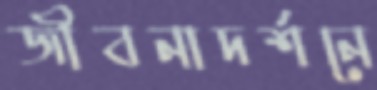
জীবনাদর্শনে